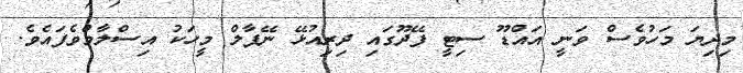
މިދިޔަ މަހުވެސް ވަނީ އައްޑޫ ސިޓީ ފޭދޫގައި ދިރިއުޅޭ ނޭޕާލް މީހަކު އިސްލާމްވެފައެވެ.